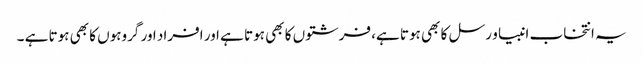
یہ انتخاب انبیا و رسل کا بھی ہوتا ہے، فرشتوں کا بھی ہوتا ہے اور افراد اور گروہوں کا بھی ہوتا ہے ۔